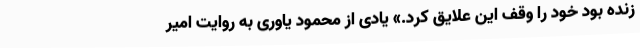
زنده بود خود را وقف این علایق کرد.» یادی از محمود یاوری به روایت امیر